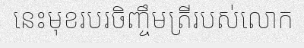
នេះមុខរបរចិញ្ចឹមត្រីរបស់លោក